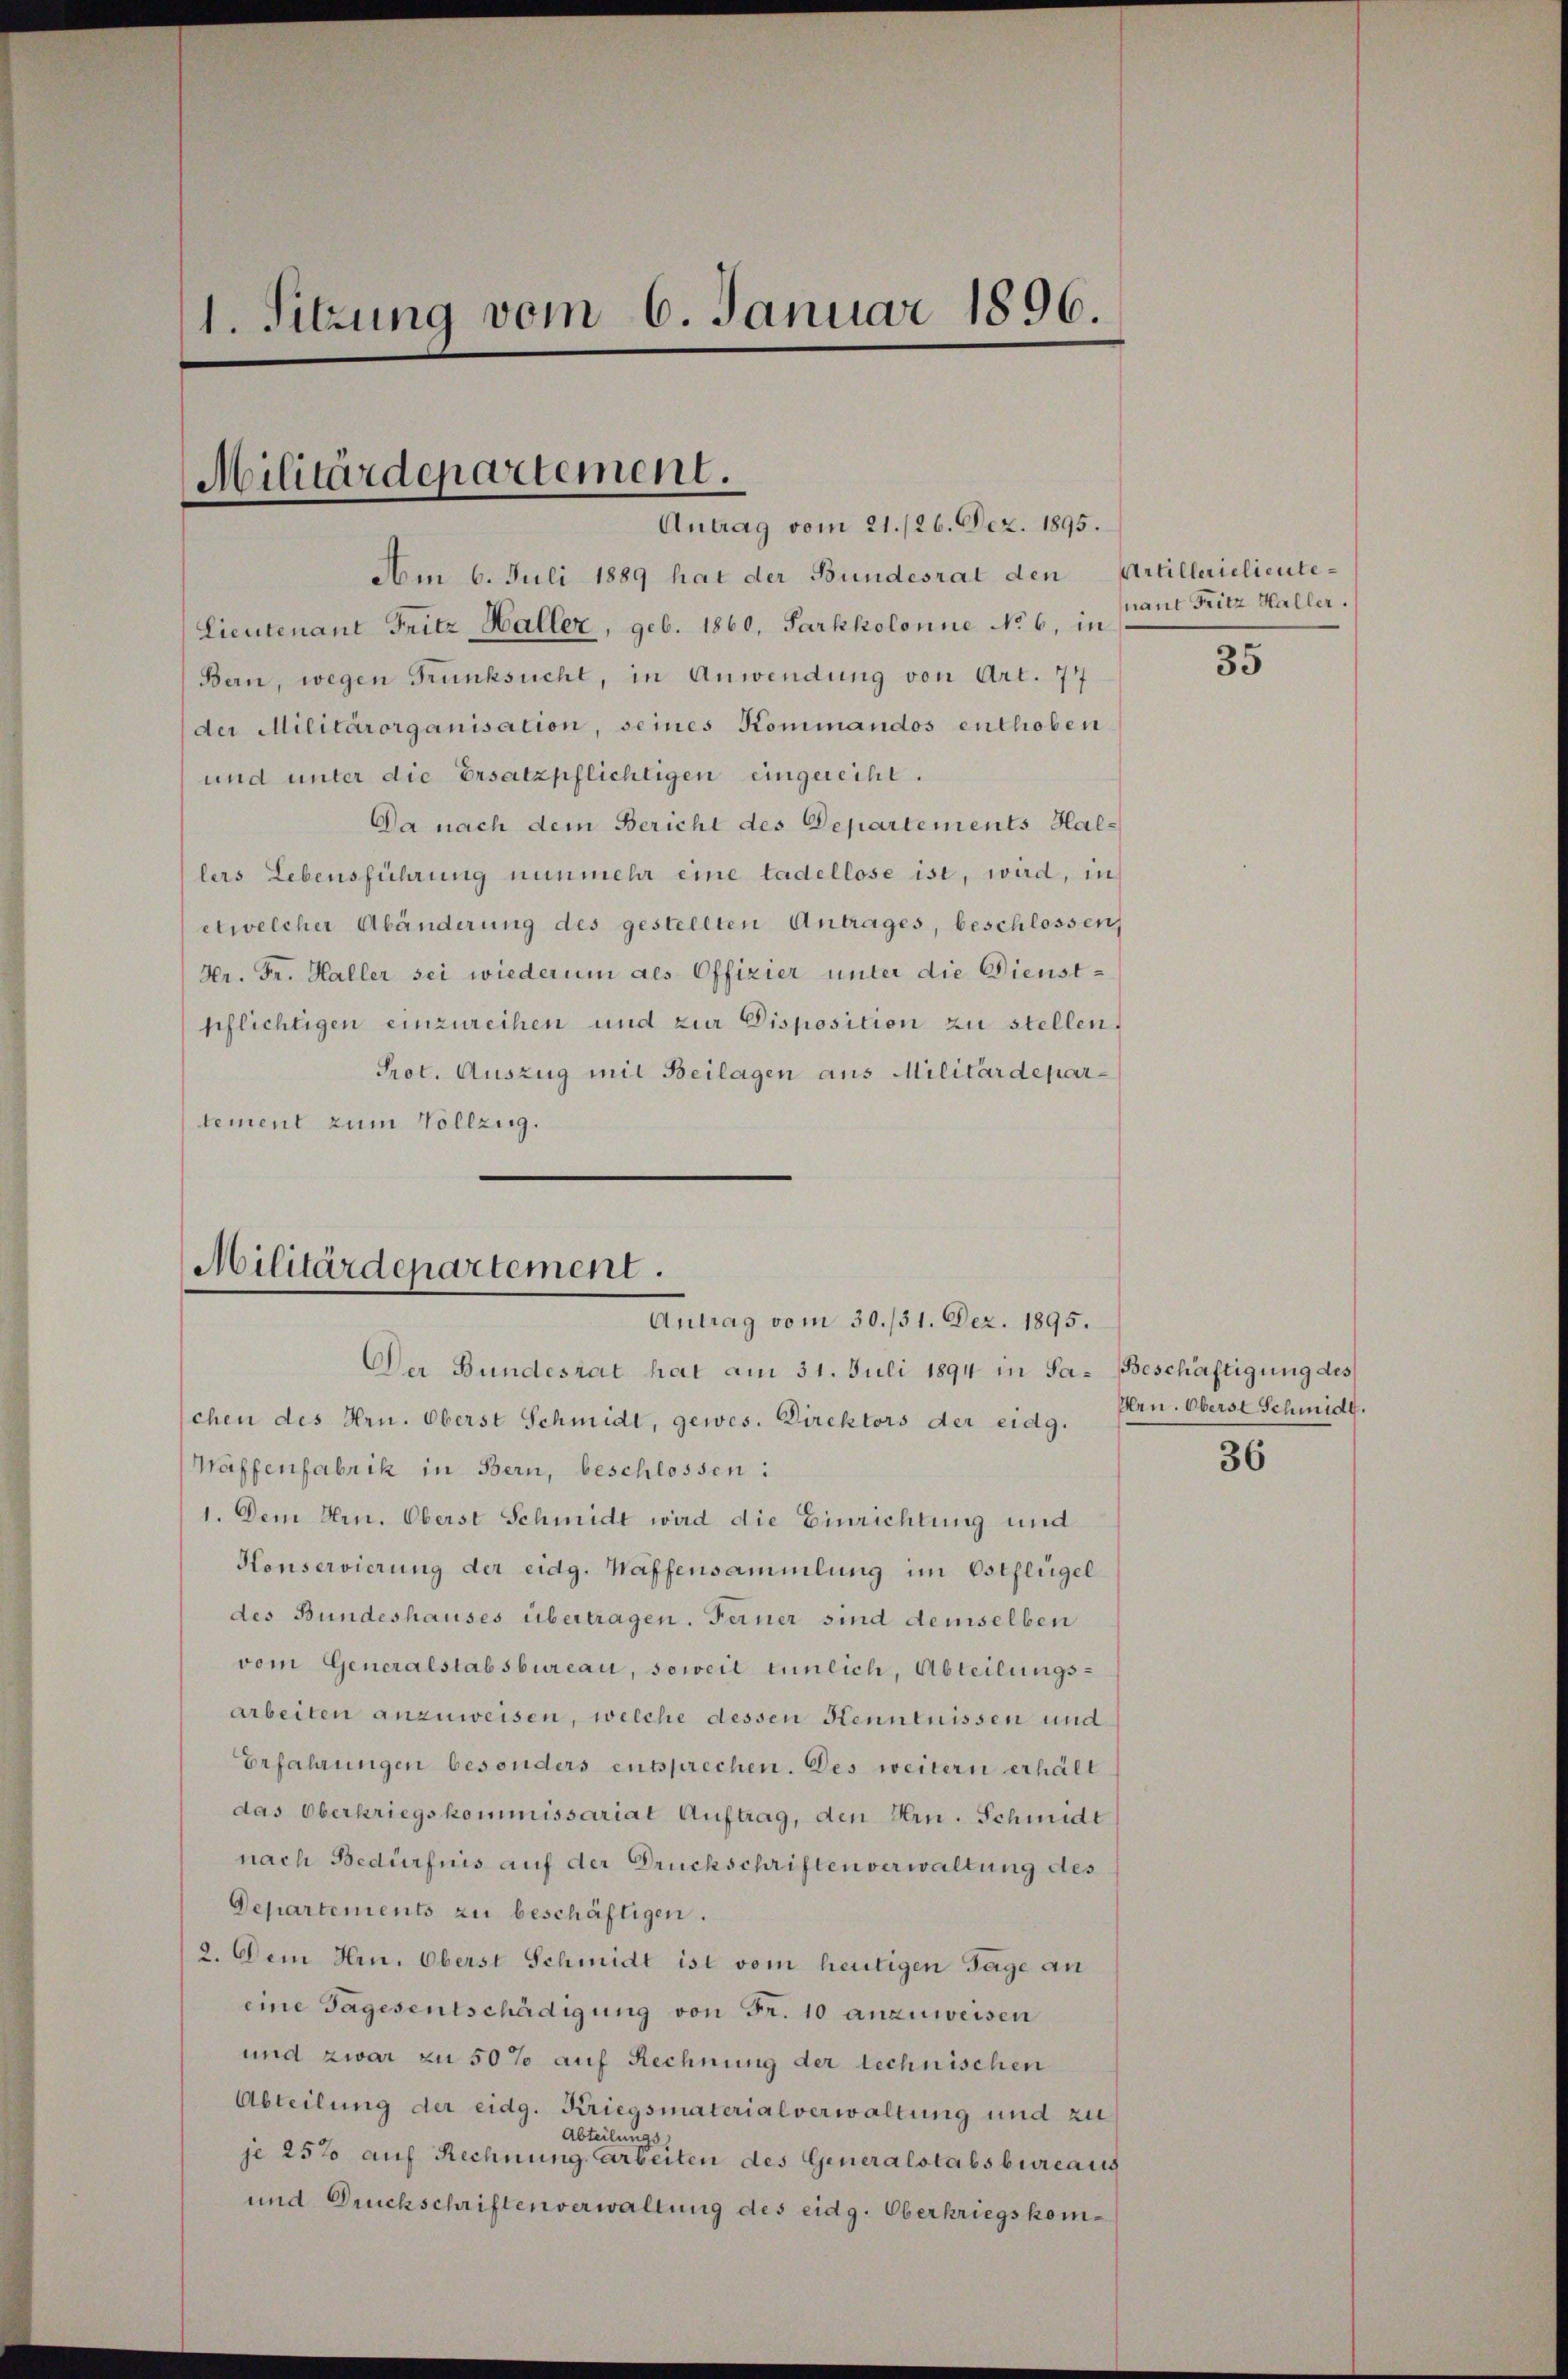
1. Sitzung vom 6. Januar 1896.

Militärdepartement.
Antrag vom 21./26. Dez. 1895.

Am 6. Juli 1889 hat der Bundesrat den Artillerielieute¬
Lieutenant Fritz Haller, geb. 1860, Sarkkolonne No 6, in
Bern, wegen Trunksucht, in Anwendung von Art. 77
der Militärorganisation, seines Kommandos enthoben
und unter die Ersatzpflichtigen eingereiht.
Da nach dem Bericht des Departements Hallers Lebensführung nunmehr eine tadellose ist, wird, in
etwelcher Abänderung des gestellten Antrages, beschlossen,
Hr. Fr. Haller sei wiederum des Offizier unter die Dienstsflichtigen einzureihen und zur Disposition zu stellen.
Prot. Auszug mit Beilagen aus Militärdepartement zum Vollzug.

Militärdepartement.
Antrag vom 30./31. Dez. 1895.

Der Bundesrat hat am 31. Juli 1894 in Sa- Beschäftigung des
chen des Hrn. Oberst Schmidt, gewes. Direktors der eidg. Fern. Oberst Schmidt.
Waffenfabrik in Bern, beschlossen:
1. Dem Hrn. Oberst Schmidt wird die Einrichtung und
Henservierung der eidg. Waffensammlung im Ostflügel
des Bundeshauses übertragen. Ferner sind demselben
vom Generalstabsbureau, soweit tunlich, Abteilungsarbeiten anzuweisen, welche dessen Kenntnissen und
Erfahrungen besonders entsprechen. Des weitern erhält
das Oberkriegskommissariat Auftrag, den Hrn. Schmidt
nach Bedürfnis auf der Druckschriften verwaltung des
Departements zu beschäftigen.
2. Dem Hrn. Oberst Schmidt ist vom heutigen Tage an
eine Tagesentschädigung von Fr. 10 anzuweisen
und zwar zu 50% auf Rechnung der technischen
Abteilung der eidg. Kriegsmaterialverwaltung und zu
Abteilungs
je 25% auf Rechnung, Arbeiten des Generalstabsbureaus
und Druckschriften verwaltung des eidg. Oberkriegskom¬

nant Fritz Haller.

35

36